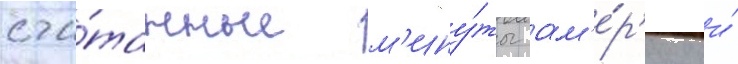
счи́танные м'ину́ты ам'е́р'ику и́